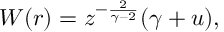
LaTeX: W ( r ) = z ^ { - { \frac { 2 } { \gamma - 2 } } } ( \gamma + u ) ,